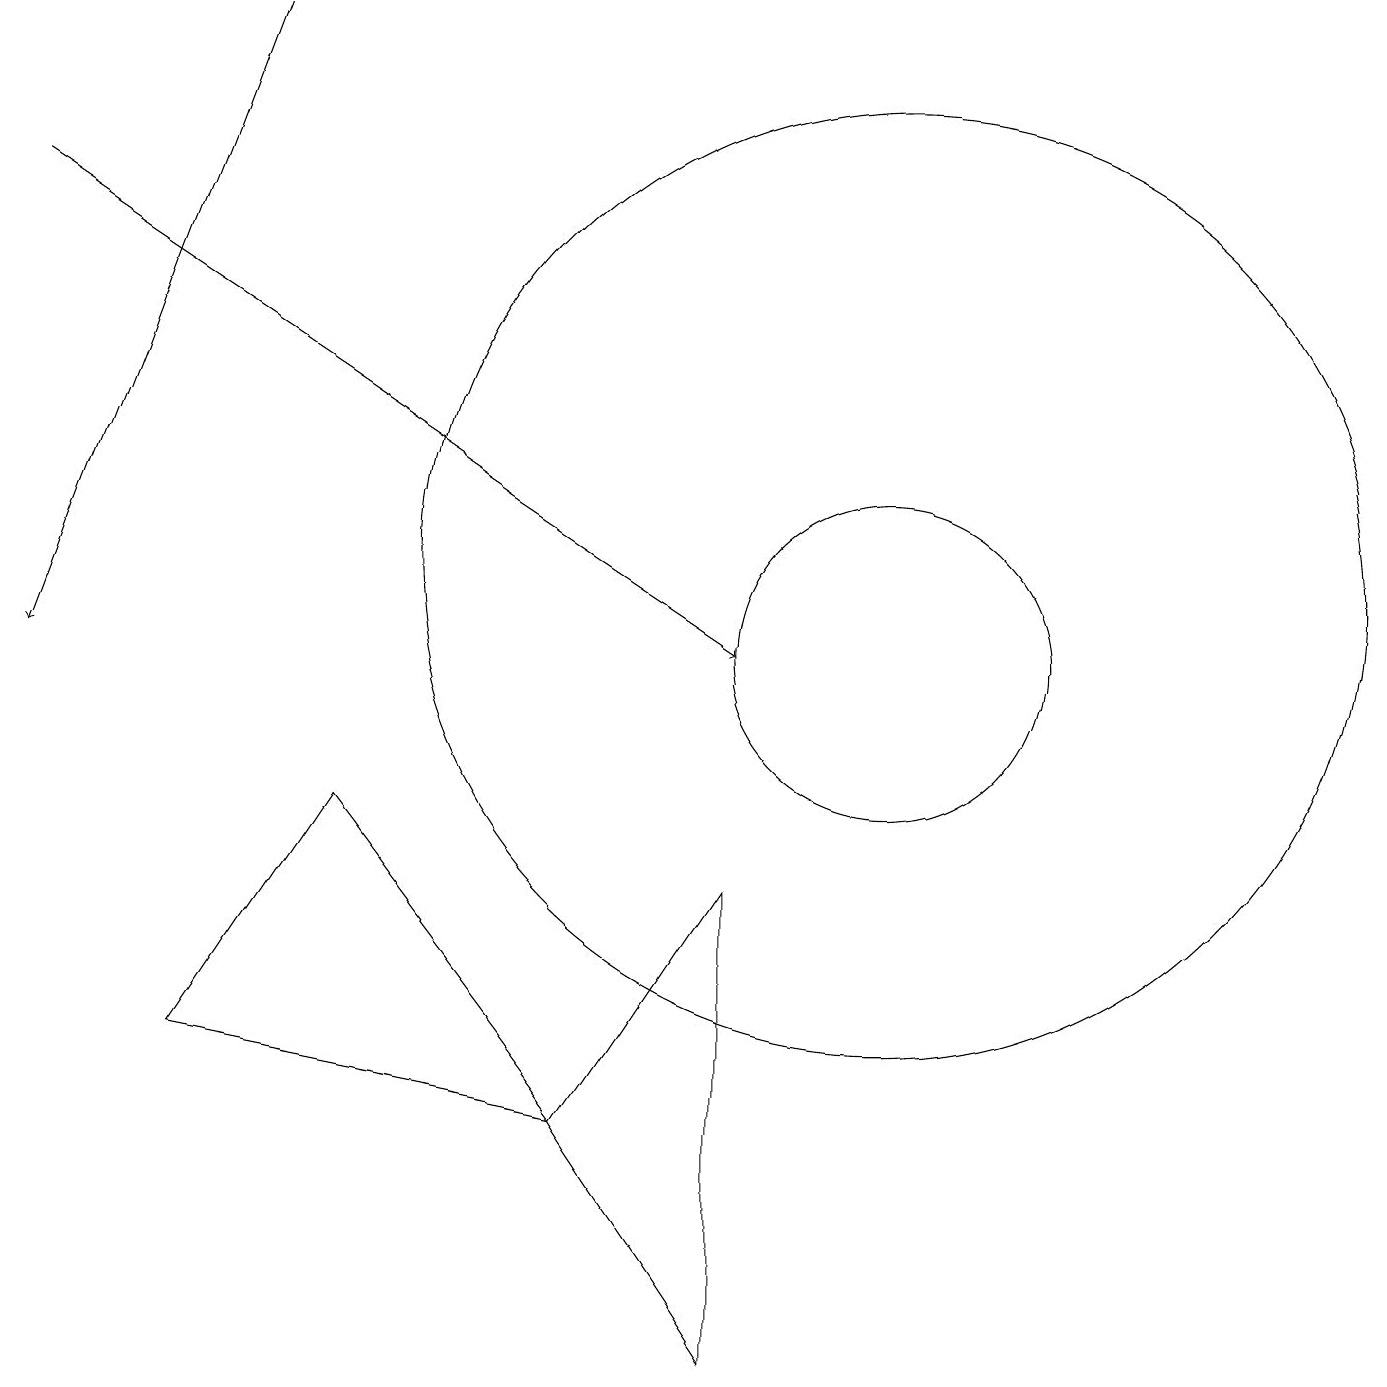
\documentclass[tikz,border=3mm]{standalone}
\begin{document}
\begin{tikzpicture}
\draw (7,5) -- (9,2) -- (9,8) -- cycle;
\draw (2,6) -- (7,5) -- (4,9) -- cycle;
\draw (11,12) circle (6);
\draw[->] (3,19) -- (0,11);
\draw[->] (0,17) -- (9,11);
\draw (11,11) circle (2);
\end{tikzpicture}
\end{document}